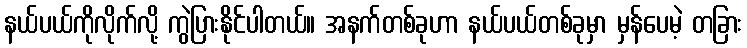
နယ်ပယ်ကိုလိုက်လို့ ကွဲပြားနိုင်ပါတယ်။ အနက်တစ်ခုဟာ နယ်ပယ်တစ်ခုမှာ မှန်ပေမဲ့ တခြား